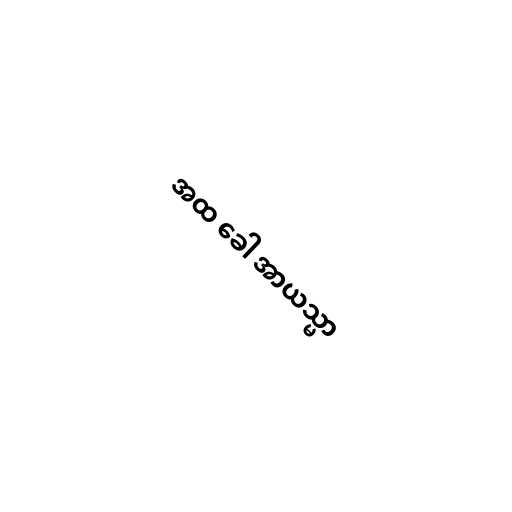
အထ ခေါ အာယသ္မာ